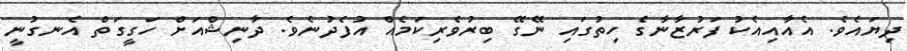
ދިޔައެވެ. އެއާއިއެކު ފަރުޒާނާގެ ހިތުގައި ނޭގޭ ބިރުވެރިކަމެއް އުފެދުނެވެ. ދާނިޝްއަށް ހަގީގަތް އެނގުނީ